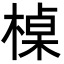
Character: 槕